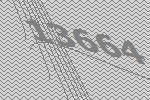
13664